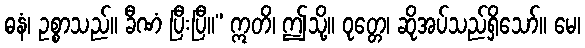
ဓနံ၊ ဥစ္စာသည်။ ခီဏံ ပြီးပြီ။” ဣတိ၊ ဤသို့။ ဝုတ္တေ၊ ဆိုအပ်သည်ရှိသော်။ မေ၊